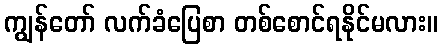
ကျွန်တော် လက်ခံပြေစာ တစ်စောင်ရနိုင်မလား။